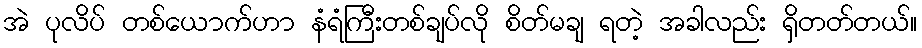
အဲ ပုလိပ် တစ်ယောက်ဟာ နံရံကြီးတစ်ချပ်လို စိတ်မချ ရတဲ့ အခါလည်း ရှိတတ်တယ်။